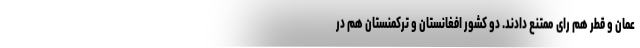
عمان و قطر هم رای ممتنع دادند. دو کشور افغانستان و ترکمنستان هم در